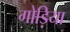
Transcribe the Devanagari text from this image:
गोड़िया